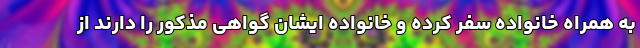
به همراه خانواده سفر کرده و خانواده ایشان گواهی مذکور را دارند از